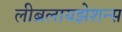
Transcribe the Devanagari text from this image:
लीब्रलायझेशन्स